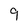
Character: 9